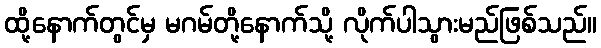
ထို့နောက်တွင်မှ မဂမ်တို့နောက်သို့ လိုက်ပါသွားမည်ဖြစ်သည်။